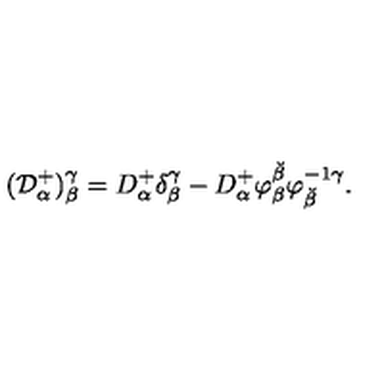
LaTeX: ( { \cal D } _ { \alpha } ^ { + } ) _ { \beta } ^ { \gamma } = D _ { \alpha } ^ { + } \delta _ { \beta } ^ { \gamma } - D _ { \alpha } ^ { + } \varphi _ { \beta } ^ { \breve { \beta } } \varphi _ { \breve { \beta } } ^ { - 1 \gamma } .